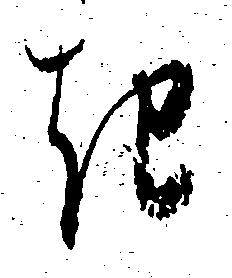
き